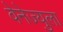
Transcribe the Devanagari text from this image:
वेनेज्युला